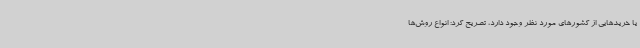
یا خریدهایی از کشورهای مورد نظر وجود دارد، تصریح کرد: انواع روش‌ها